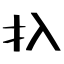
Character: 扖